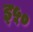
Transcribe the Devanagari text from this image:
इ५०